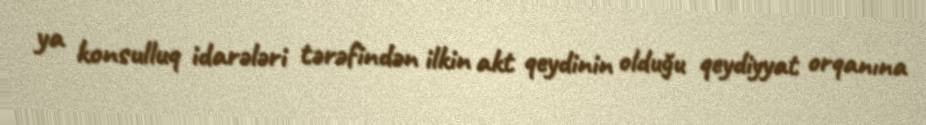
ya konsulluq idarələri tərəfindən ilkin akt qeydinin olduğu qeydiyyat orqanına